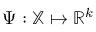
\Psi : \mathbb { X } \mapsto \mathbb { R } ^ { k }